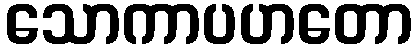
သောကာပဟတော